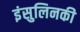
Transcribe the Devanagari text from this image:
इंसुलिनकी